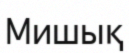
Мишық